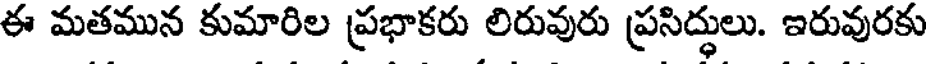
ఈ మతమున కుమారిల ప్రభాకరు లిరువురు ప్రసిద్ధులు. ఇరువురకు